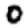
Digit: 0